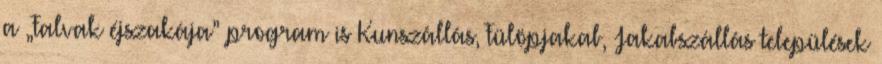
a „Falvak éjszakája” program is Kunszállás, Fülöpjakab, Jakabszállás települések